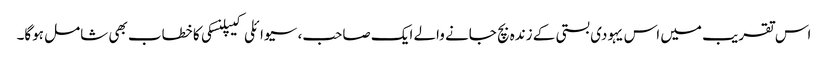
اس تقریب میں اس یہودی بستی کے زندہ بچ جانے والے ایک صاحب، سیوائلی کیپلنسکی کا خطاب بھی شامل ہوگا۔